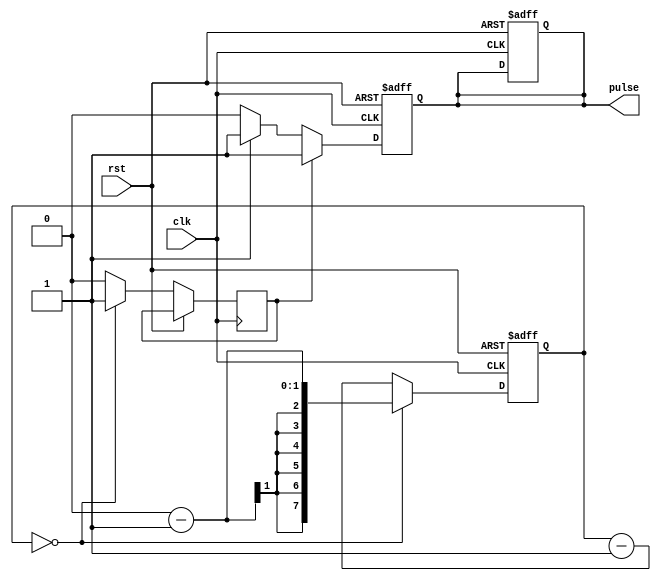
module AsynchronousPulseGenerator (
    input wire clk,
    input wire rst,

    output reg pulse
);

reg [7:0] count;
reg sync_pulse;
reg delayed_pulse;

always @(posedge clk or posedge rst) begin
    if (rst) begin
        count <= 0;
        pulse <= 0;
    end else begin
        if (count == 0) begin
            sync_pulse <= 1;
            count <= (desired_pulse_width_in_cycles - 1);
        end else begin
            sync_pulse <= 0;
            count <= count - 1;
        end
    end
end

always @(posedge clk or posedge rst) begin
    if (rst) begin
        delayed_pulse <= 0;
    end else begin
        if (sync_pulse) begin
            // Synchronization block
            delayed_pulse <= 1;
        end else begin
            // Delay block
            if (delay_needed) begin
                delayed_pulse <= #delay_amount 1;
            end else begin
                delayed_pulse <= 0;
            end
        end
    end
end

assign pulse = delayed_pulse;

endmodule